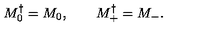
M _ { 0 } ^ { \dagger } = M _ { 0 } , \qquad M _ { + } ^ { \dagger } = M _ { - } .